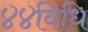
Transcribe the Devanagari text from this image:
४४विधि